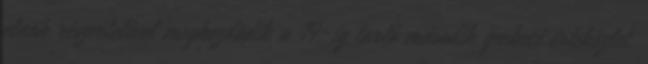
elnök részvételével megkezdõdik a 19-ig tartó második quebeci értekezlet.